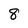
Character: 8